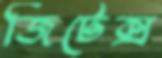
জিটেক্স